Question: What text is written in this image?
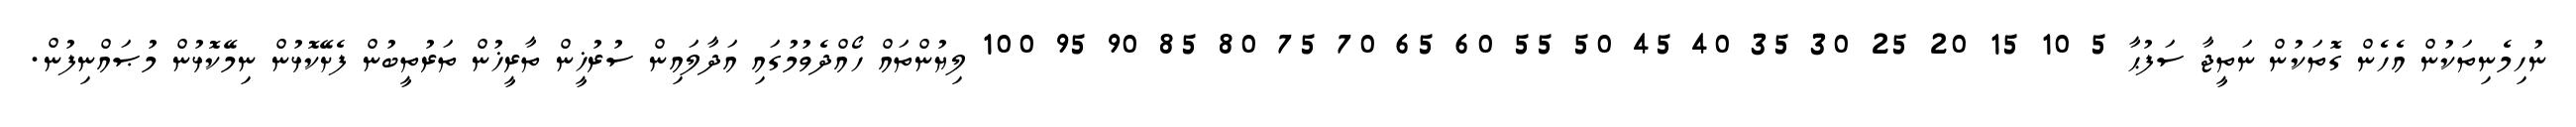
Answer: ނުހިމެނިތަކުން އެހެން ގޮތަކުން ނަތީޖާ ސަފުޙާ 5 10 15 20 25 30 35 40 45 50 55 60 65 70 75 80 85 90 95 100 ލިޔުންތައް ހޯއްދެވުމުގައި އަދާލައިން ސުރުޚީން ތާރީޚުން ތަރުތީބުން ފެށޭކޮޅުން ނިމޭކޮޅުން މުޞައްނިފުން.